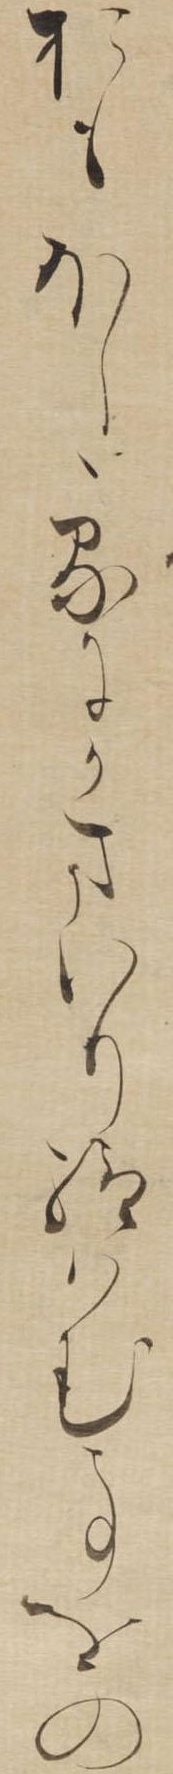
おもほしゝるにかまいり給はむ事をの